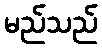
မည်သည်